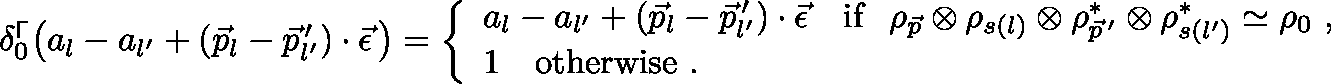
\begin{array} { r } { \delta _ { 0 } ^ { \mathsf { \Gamma } } \big ( a _ { l } - a _ { l ^ { \prime } } + ( \vec { p } _ { l } - \vec { p } _ { l ^ { \prime } } ^ { \, \prime } ) \cdot \vec { \epsilon } \, \big ) = \left\{ \begin{array} { l l } { a _ { l } - a _ { l ^ { \prime } } + ( \vec { p } _ { l } - \vec { p } _ { l ^ { \prime } } ^ { \, \prime } ) \cdot \vec { \epsilon } \quad \mathrm { i f } \ \ \rho _ { \vec { p } } \otimes \rho _ { s ( l ) } \otimes \rho _ { \vec { p } ^ { \, \prime } } ^ { * } \otimes \rho _ { s ( l ^ { \prime } ) } ^ { * } \simeq \rho _ { 0 } \ , } \\ { 1 \quad \mathrm { o t h e r w i s e } \ . } \end{array} \right. } \end{array}